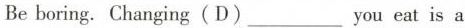
Be boring. Changing(D)___you eat is a